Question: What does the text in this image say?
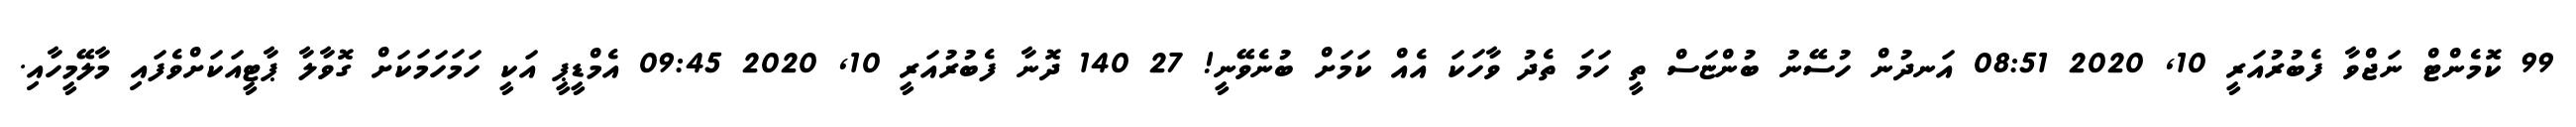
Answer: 99 ކޮމެންޓް ނަޖްވާ ފެބުރުއަރީ 10, 2020 08:51 އަނދުން ހުސޭނު ބުންޏަސް ތީ ހަމަ ތެދު ވާހަކަ އެއް ކަމަށް ބުނެވޭނީ! 27 140 ދޮނާ ފެބުރުއަރީ 10, 2020 09:45 އެމްޑީޕީ އަކީ ހަމަހަމަކަށް ގޮވާލާ ޕާޓީއަކަށްވެފައި މާލޭމީހާއި.